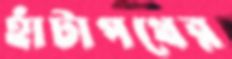
হাঁটাপথের